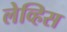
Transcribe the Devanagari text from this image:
लेव्हिस